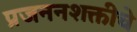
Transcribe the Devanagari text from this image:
प्रजननशक्तीचे